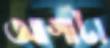
আগাটা